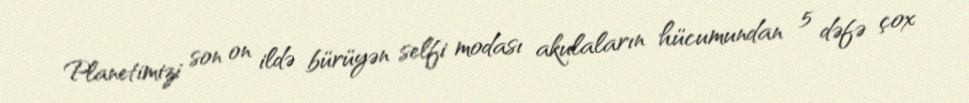
Planetimizi son on ildə bürüyən selfi modası akulaların hücumundan 5 dəfə çox